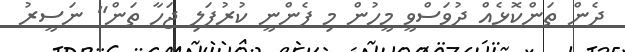
ދެން ތަންކޮޅެއް ދުވަސްވީ މީހުން މި ފެންނީ ކުރުފަލި ޖަހާ ތަން" ނަސީރު